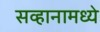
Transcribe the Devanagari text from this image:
सव्हानामध्ये